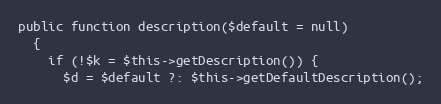
Language: PHP
public function description($default = null)
  {
    if (!$k = $this->getDescription()) {
      $d = $default ?: $this->getDefaultDescription();